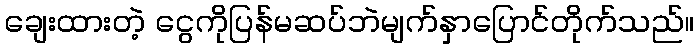
ချေးထားတဲ့ ငွေကိုပြန်မဆပ်ဘဲမျက်နှာပြောင်တိုက်သည်။